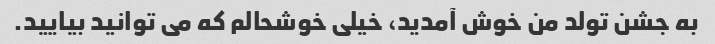
به جشن تولد من خوش آمدید، خیلی خوشحالم که می توانید بیایید.